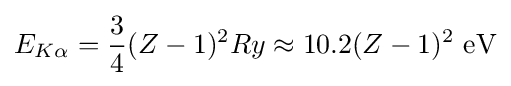
E_{K\alpha }={\frac {3}{4}}(Z-1)^{2}Ry\approx 10.2(Z-1)^{2}~\mathrm {eV}